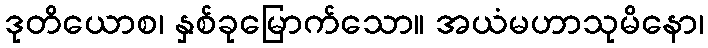
ဒုတိယောစ၊ နှစ်ခုမြောက်သော။ အယံမဟာသုမိနော၊